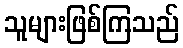
သူများဖြစ်ကြသည်